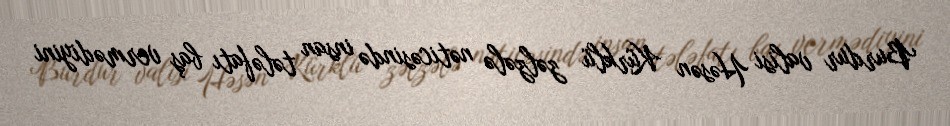
Burdur valisi Həsən Kürklü zəlzələ nəticəsində insan tələfatı baş vermədiyini